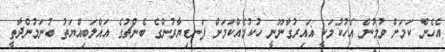
އެހެން ކަމަށް ވުމުން އެހުކުމަކީ ޣައިރުގާނޫނީ ހުކުމެއްކަމަށް ފަނޑިޔާރުންގެ ބެންޗުގެ އަޣްލަބިއްޔަތު ބުނަމުންދާތީ